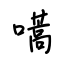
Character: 嚆